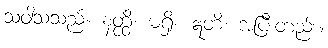
သံဝါသသည်။ နတ္ထိ၊ မရှိ။ ဣတိ၊ အပြီးတည်း။